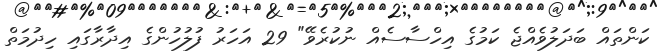
ކަންތައް ބަދަލުވެއްޖެ ކަމުގެ އިހްސާސެއް ނުކުރެވޭ" 29 އަހަރު ފުލުހުންގެ އިދާރާގައި ހިދުމަތް